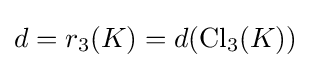
d=r_{3}(K)=d(\mathrm {Cl} _{3}(K))